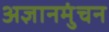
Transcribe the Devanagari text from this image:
अज्ञानमुंचन